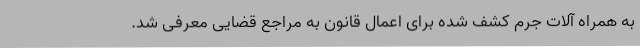
به همراه آلات جرم کشف شده برای اعمال قانون به مراجع قضایی معرفی شد.